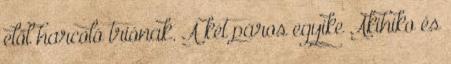
elől harcoló triónak. A két páros egyike Akihiko és